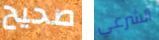
صحيح الشرعي